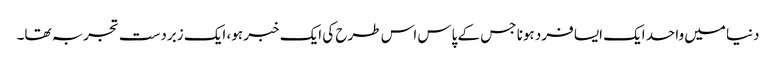
دنیا میں واحد ایک ایسا فرد ہونا جس کے پاس اس طرح کی ایک خبر ہو، ایک زبردست تجربہ تھا۔